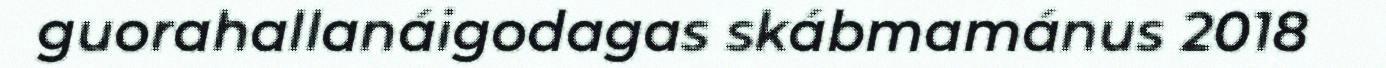
guorahallanáigodagas skábmamánus 2018